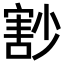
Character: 𡮞